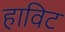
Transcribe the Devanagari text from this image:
हाविट